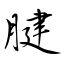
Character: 腱